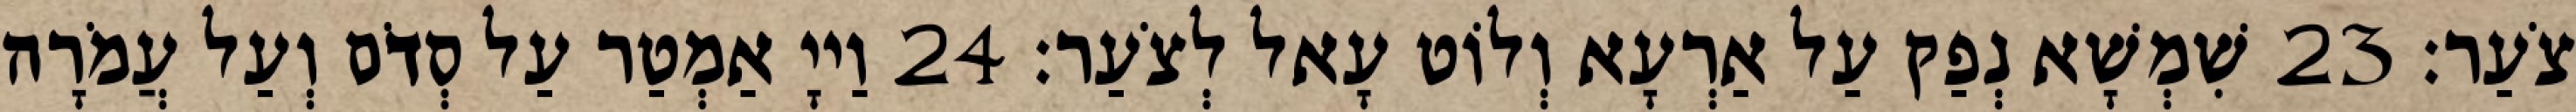
צֹעַר׃ 23 שִׁמְשָׁא נְפַק עַל אַרְעָא וְלוֹט עָאל לְצֹעַר׃ 24 וַייָ אַמְטַר עַל סְדֹם וְעַל עֲמֹרָה